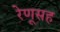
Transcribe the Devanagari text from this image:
रेणूसह